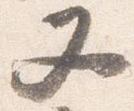
又